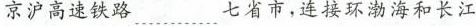
京沪高速铁路……七省市，连接环渤海和长江